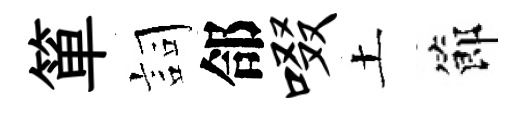
箪詞郃啜土節